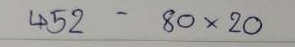
452 - 80 x 20